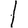
Digit: 1